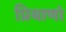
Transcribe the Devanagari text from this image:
प्रियाणां